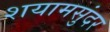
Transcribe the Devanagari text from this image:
शयामसुंदर